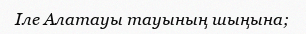
Іле Алатауы тауының шыңына;